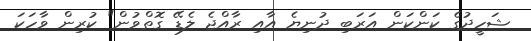
ޝަހީދުގެ ކަންކަން އަރަބި ދުނިޔެ އާއި ރާއްޖެ ލެޑޭ ގޮތްވުން" ކުރިން ވާހަކަ